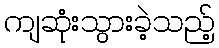
ကျဆုံးသွားခဲ့သည့်